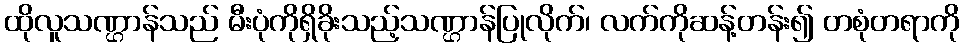
ထိုလူသဏ္ဌာန်သည် မီးပုံကိုရှိခိုးသည့်သဏ္ဌာန်ပြုလိုက်၊ လက်ကိုဆန့်တန်း၍ တစုံတရာကို